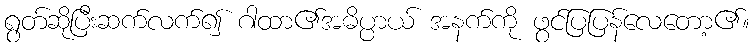
ရွတ်ဆိုပြီးဆက်လက်၍ ဂါထာ၏အဓိပ္ပာယ် အနက်ကို ဖွင်ပြပြန်လေတော့၏။